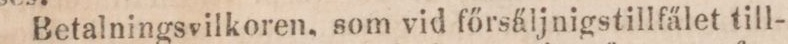
Betalningsvilkoren, som vid főrsäljningstillfälet till-